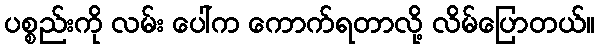
ပစ္စည်းကို လမ်း ပေါ်က ကောက်ရတာလို့ လိမ်ပြောတယ်။